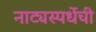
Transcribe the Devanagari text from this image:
नाट्यस्पर्धेची